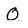
Character: O